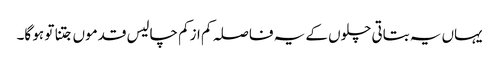
یہاں یہ بتاتی چلوں کے یہ فاصلہ کم ازکم چالیس قدموں جتنا تو ہو گا۔